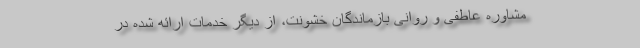
مشاوره عاطفی و روانیِ بازماندگان خشونت، از دیگر خدمات ارائه شده در